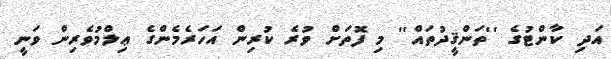
އަދި ކާންޓުގެ ''ތަންޤީދުތައް'' މި ފޮތަށް ވުރެ ކުރިން އަހަރެމެންގެ ޢިލްމުވެރިން ވަނީ